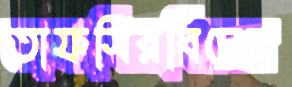
তাফসিরবিদের